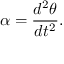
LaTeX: \alpha = { \frac { d ^ { 2 } \theta } { d t ^ { 2 } } } .